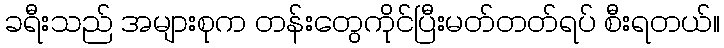
ခရီးသည် အများစုက တန်းတွေကိုင်ပြီးမတ်တတ်ရပ် စီးရတယ်။